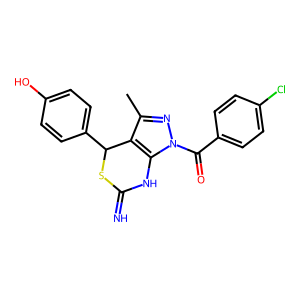
SMILES: Cc1nn(C(=O)c2ccc(Cl)cc2)c2c1C(c1ccc(O)cc1)SC(=N)N2
Inhibits HIV replication: No